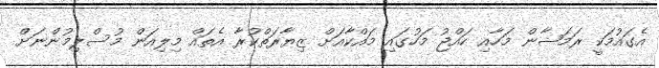
އެގައުމަކީ ރަމަޟާން މަހާއި ހައްޖު މަހުގައި މައްކާއަށް ޒިޔާރަތްކުރާ އެތައް މިލިއަން މުސްލިމުންނަށް